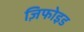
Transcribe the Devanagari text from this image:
ज़िफोइड